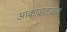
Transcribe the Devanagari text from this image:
आकाडतांडव